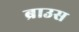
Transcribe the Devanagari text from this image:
ब्राउस